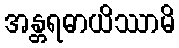
အန္တရဓာယိဿာမိ